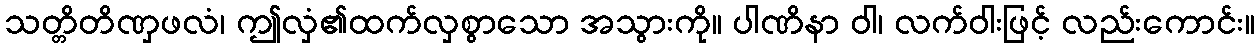
သတ္တိတိဏှဖလံ၊ ဤလှံ၏ထက်လှစွာသော အသွားကို။ ပါဏိနာ ဝါ၊ လက်ဝါးဖြင့် လည်းကောင်း။